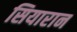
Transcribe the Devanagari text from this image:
सियारान